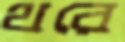
থরে